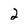
Character: 2